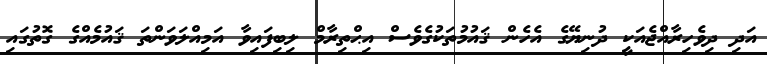
އަދި ދިވެހިރާއްޖެއަކީ ދުނިޔޭގެ އެހެން ޤައުމުތަކުގެވެސް އިޙްތިރާމް ލިބިފައިވާ އަމިއްލަވަންތަ ޤައުމެއްގެ ގޮތުގައި